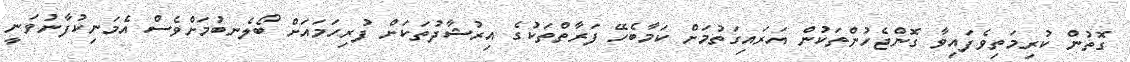
ގޮތުން ކުރިމަތިވެފައިވާ ގޮންޖެހުންތަކުން އަރައިގަތުމަށް ކަމާބެހޭ ފަރާތްތަކުގެ އިރުޝާދުތަކަށް ފުރިހަމައަށް ބޯލެނބުމަށްވެސް އެމަނިކުފާނުވަނީ